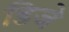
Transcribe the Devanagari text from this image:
डिजे